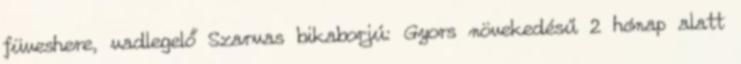
füveshere, vadlegelő Szarvas bikaborjú: Gyors növekedésű 2 hónap alatt